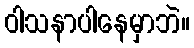
ဝါသနာပါနေမှာဘဲ။